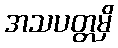
အသပတ္တမှိ